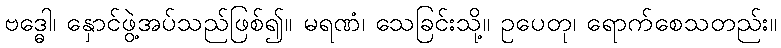
ဗဒ္ဓေါ၊ နှောင်ဖွဲ့အပ်သည်ဖြစ်၍။ မရဏံ၊ သေခြင်းသို့။ ဥပေတု၊ ရောက်စေသတည်း။